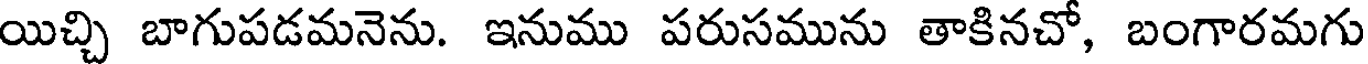
యిచ్చి బాగుపడమనెను. ఇనుము పరుసమును తాకినచో, బంగారమగు